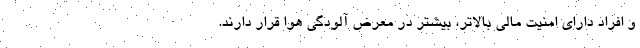
و افراد دارای امنیت مالی بالاتر، بیشتر در معرض آلودگی هوا قرار دارند.